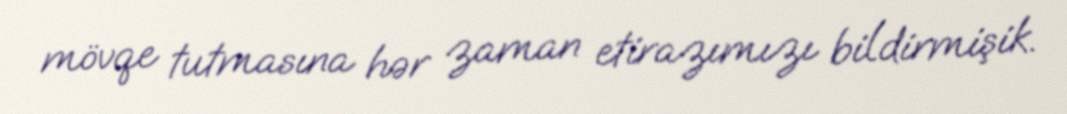
mövqe tutmasına hər zaman etirazımızı bildirmişik.